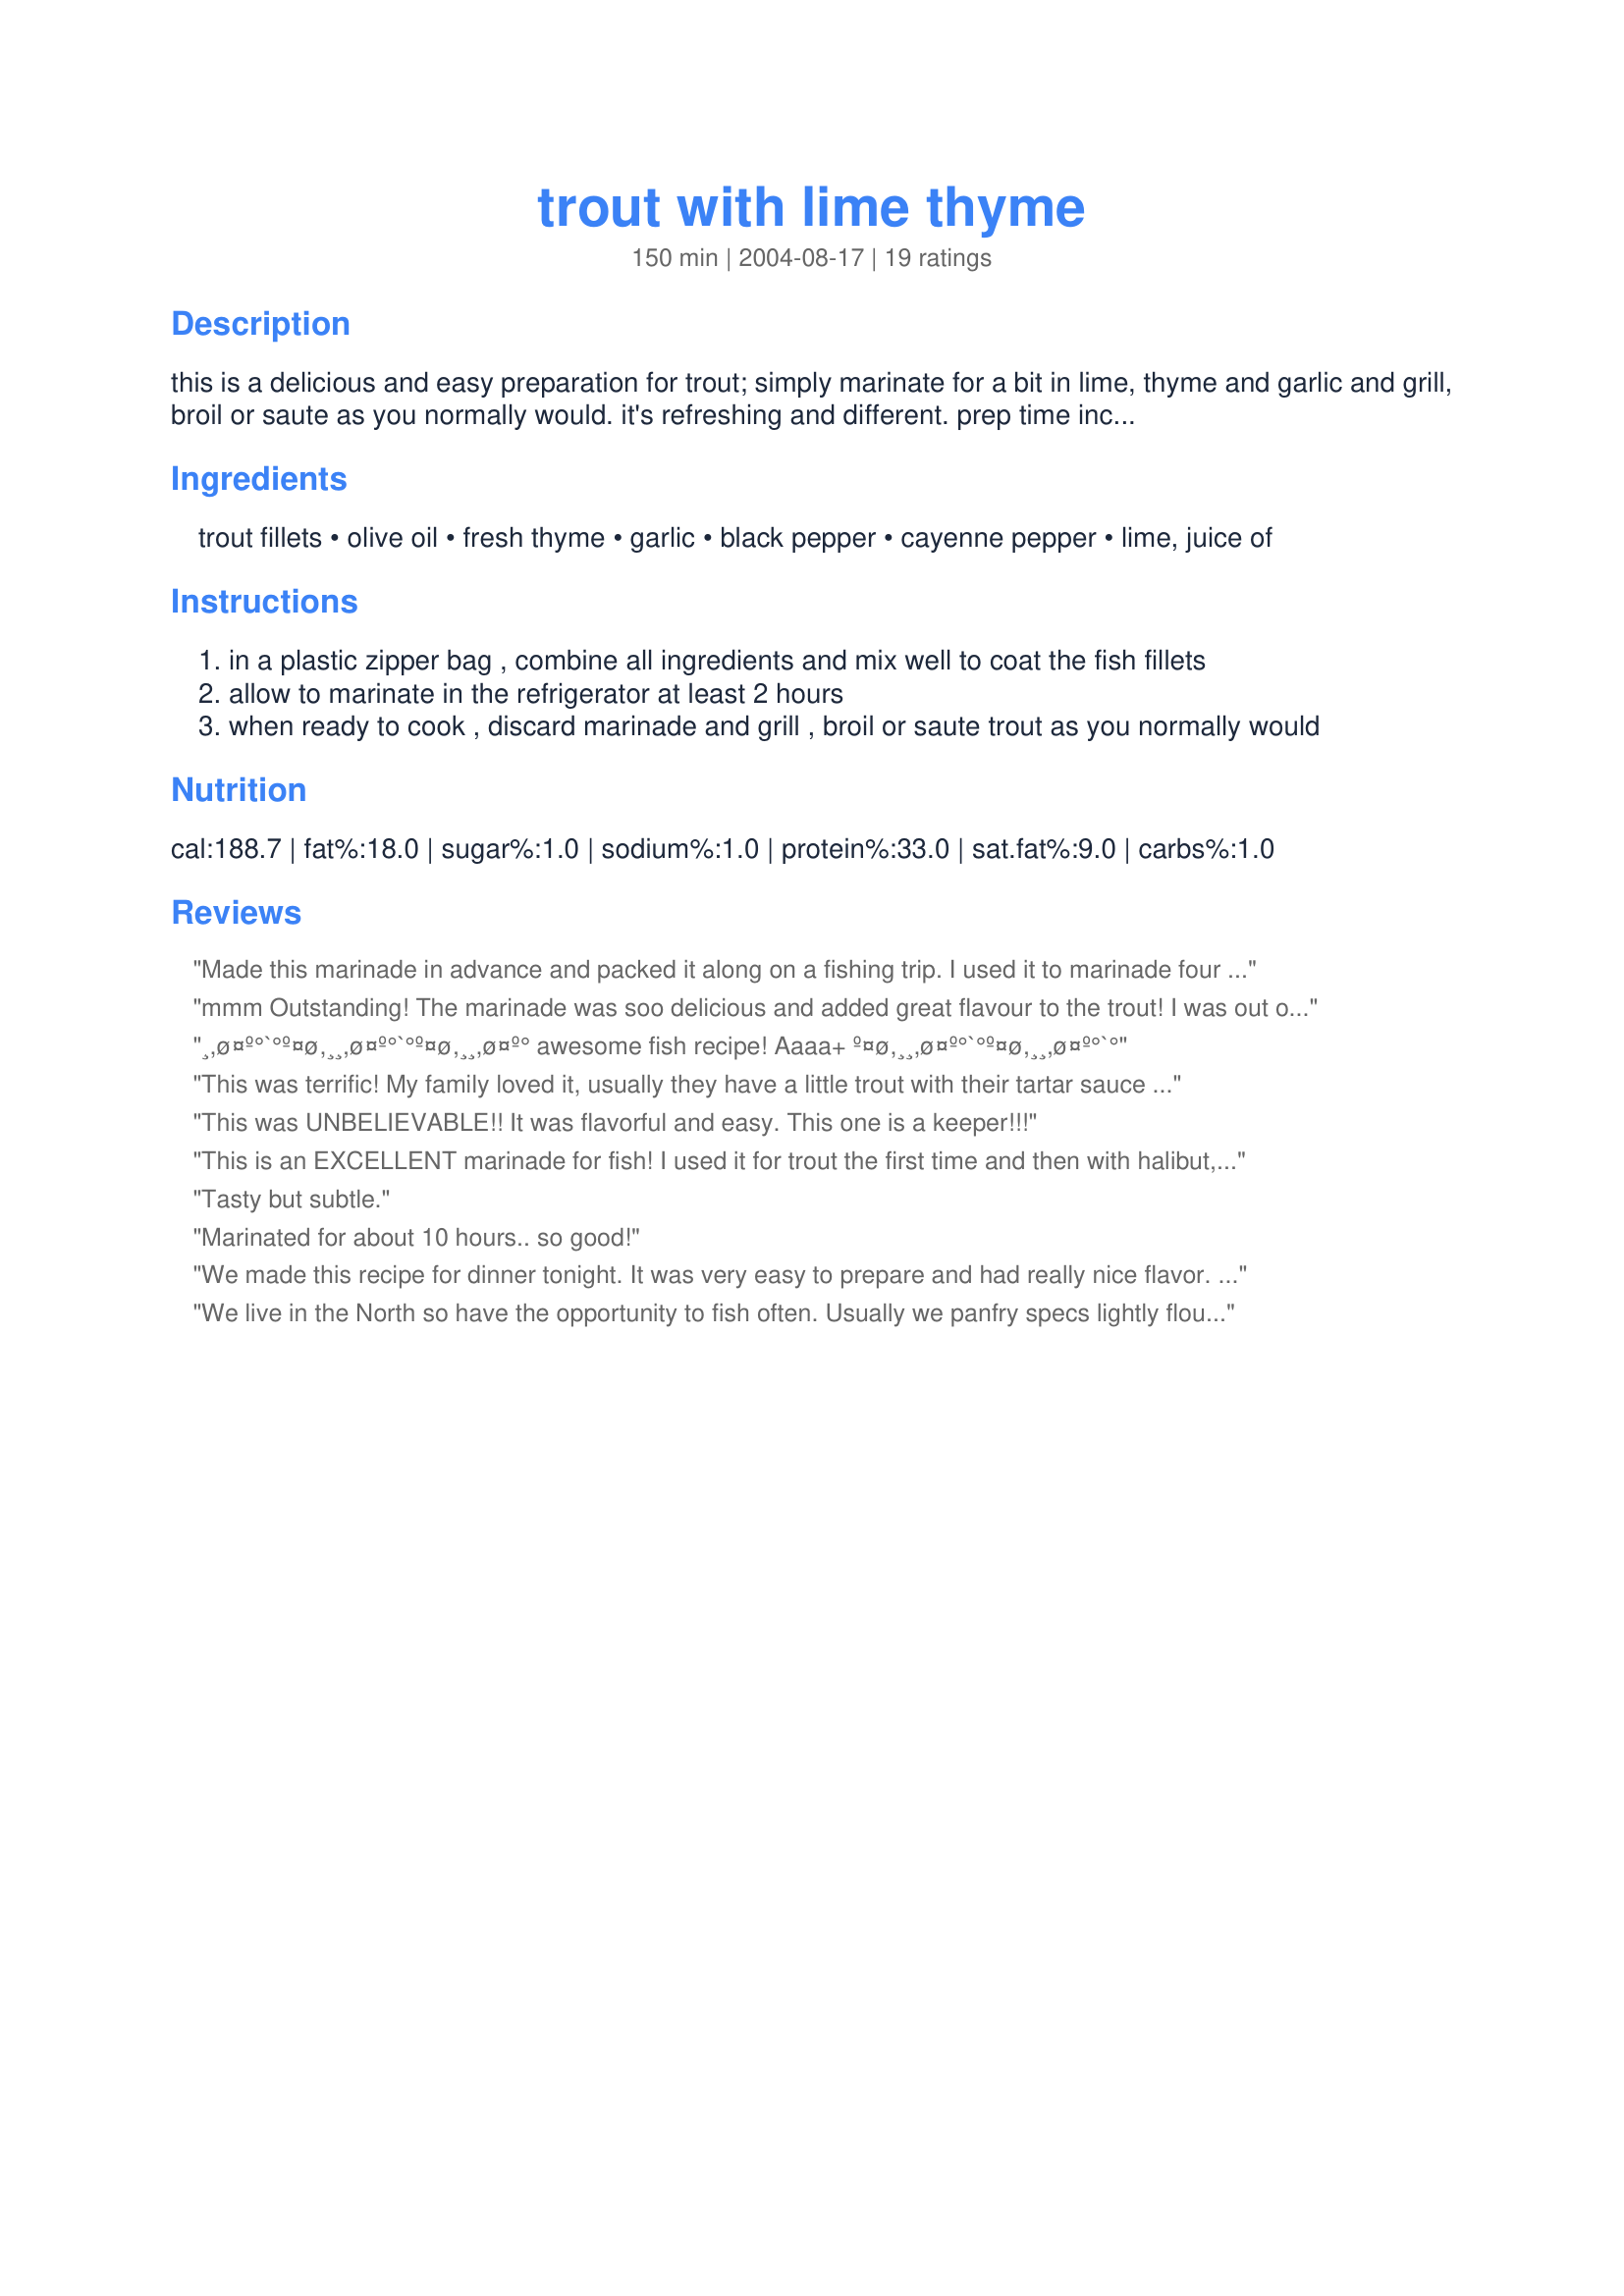
trout with lime thyme
Preparation time: 150 minutes

this is a delicious and easy preparation for trout; simply marinate for a bit in lime, thyme and garlic and grill, broil or saute as you normally would. it's refreshing and different. prep time includes marinating.

Ingredients:
trout fillets, olive oil, fresh thyme, garlic, black pepper, cayenne pepper, lime, juice of

Steps:
in a plastic zipper bag , combine all ingredients and mix well to coat the fish fillets
allow to marinate in the refrigerator at least 2 hours
when ready to cook , discard marinade and grill , broil or saute trout as you normally would

Reviews:
Made this marinade in advance and packed it along on a fishing trip. I used it to marinade four whole freshly caught trouts cooked over coals. Came out delicious, even without a grain of salt! I have to watch my sodium intake, but the two guys who were with me who aren't watching their sodium intake thought they were great and didn't add any salt even though the salt shaker was right there. I'll definitely be making this again....maybe next time with fresh thyme. Yum! UPDATE: I made this again except with chicken instead of fish and, again, it came out fantastic, even without salt. I also made it a second time with chicken but this time used dried basil instead of thyme. Came out just as good!
mmm Outstanding! The marinade was soo delicious and added great flavour to the trout! I was out of garlic so I subed with a garlic/ginger hot mix, it worked beautifully. Thanks for posting we will definately make this again!
¸,ø¤º°`°º¤ø,¸¸,ø¤º°`°º¤ø,¸¸,ø¤º° awesome fish recipe! Aaaa+ º¤ø,¸¸,ø¤º°`°º¤ø,¸¸,ø¤º°`°
This was terrific! My family loved it, usually they have a little trout with their tartar sauce but not this time! The tartar sauce was ignored! I omitted the cayanne for my husband but added fresh chives which were growing right next to the lemon thyme in my garden. Light and fresh flavor, I will definitely serve this again!
This was UNBELIEVABLE!! It was flavorful and easy. This one is a keeper!!!
This is an EXCELLENT marinade for fish! I used it for trout the first time and then with halibut, both with equally delicious results! I used one large garlic clove, fresh lemon thyme from the yard and lime juice with the trout and lemon juice ( was out of limes ) with the halibut. The marinade compliments the fish beautifully and doesn't overwhelm the delicate fish flavor. Thanks for my new favorite fish marinade- it'e definitely a keper!
Tasty but subtle.
Marinated for about 10 hours.. so good!
We made this recipe for dinner tonight. It was very easy to prepare and had really nice flavor. I sauteed the trout and served with a side of broccoli rabe. Will definitely make again, maybe next time will see how I like it on the BBQ. Thanks for posting.
We live in the North so have the opportunity to fish often. Usually we panfry specs lightly floured in a bit of butter. Looking for something different I tried this recipe. Excellent change, I BBQ'd the trout and served with a fresh lemon. My hubby said it could be something served in a very expensive restaurant.
It's unanimous; terrific marinade and I used it on the humble cod. Thyme is not in my top three list of favorite herbs but this seemed to be the perfect application for it. This will definitely be a repeat. I'm looking forward to trying it with trout.
I used it on grouper, and wished I would have marinated it a bit longer. The grouper was thick and I think that the flavor would have come through better if it marinated longer or if I poked holes in it first. Overall, very good marinade!
This was so good!! The fish was so flaky. I put it under the broiler between 5 and 8 minutes.
Great flavor! This recipe could be changed by using different herbs and citrus. We grilled it and my family loved it. It is a keeper!
simple and delicious! used the broiler, next time can't wait to try it on the grill!
I liked this quite a bit. I made it for my Granny and myself so I cut down on the cayenne pepper (she doesn't like the spicy stuff). We both agreed it was tasty and you could taste the lime and the fish - they weren't overpowered by the spices. I'll use this again on other fish.
I do not usually like fish, but this was a great way to fix. My husband and I both loved the mixture of flavors. Thanks!
We have made this twice now and both variations were excellent. First, I used trout but had to substitute lemon for the lime. It was so good! The second time, I used salmon, but otherwise did the original recipe. Excellent as well.
This was a wonderful marinade, and simple. Even my child liked it, and she is very finicky when it comes to fish, thank you!
